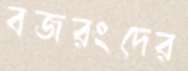
বজরংদের